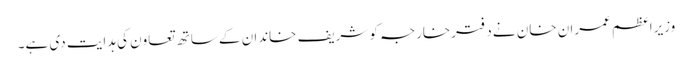
وزیراعظم عمران خان نے دفترخارجہ کو شریف خاندان کے ساتھ تعاون کی ہدایت دی ہے۔